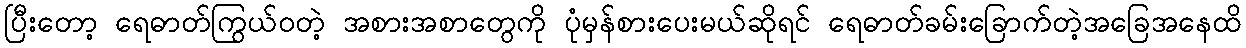
ပြီးတော့ ရေဓာတ်ကြွယ်ဝတဲ့ အစားအစာတွေကို ပုံမှန်စားပေးမယ်ဆိုရင် ရေဓာတ်ခမ်းခြောက်တဲ့အခြေအနေထိ